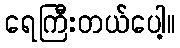
ရေကြီးတယ်ပေါ့။